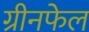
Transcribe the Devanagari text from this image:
ग्रीनफेल